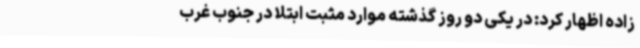
زاده اظهار کرد: در یکی دو روز گذشته موارد مثبت ابتلا در جنوب غرب